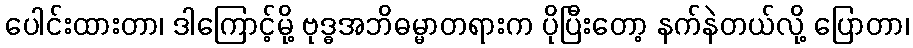
ပေါင်းထားတာ၊ ဒါကြောင့်မို့ ဗုဒ္ဓအဘိဓမ္မာတရားက ပိုပြီးတော့ နက်နဲတယ်လို့ ပြောတာ၊